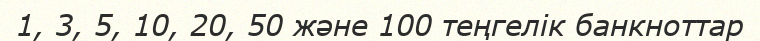
1, 3, 5, 10, 20, 50 және 100 теңгелік банкноттар